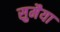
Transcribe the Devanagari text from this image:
सुमैया